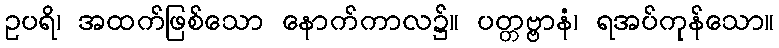
ဥပရိ၊ အထက်ဖြစ်သော နောက်ကာလ၌။ ပတ္တဗ္ဗာနံ၊ ရအပ်ကုန်သော။